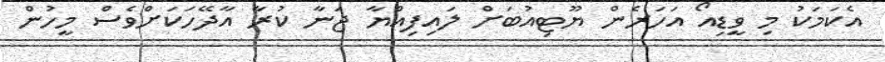
އެކަމަކު މި ވީޑިއޯ އަހަރެން ޔޫޓިއުބަށް ލައިފިއްޔާ ޖަނާ ކުރާ އާދޭހަކަށްވެސް މީހުން